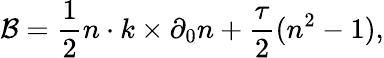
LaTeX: {\cal B}={\frac{1}{2}}n\cdot k\times\partial_{0}n+{\frac{\tau}{2}}(n^{2}-1),